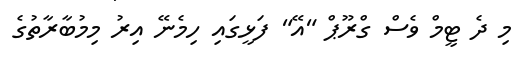
މި ދެ ޓީމް ވެސް ގްރޫޕް "އޭ" ފަޅީގައި ހިމެނޭ އިރު މިމުބާރާތުގެ